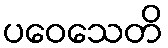
ပဝေသေတိ